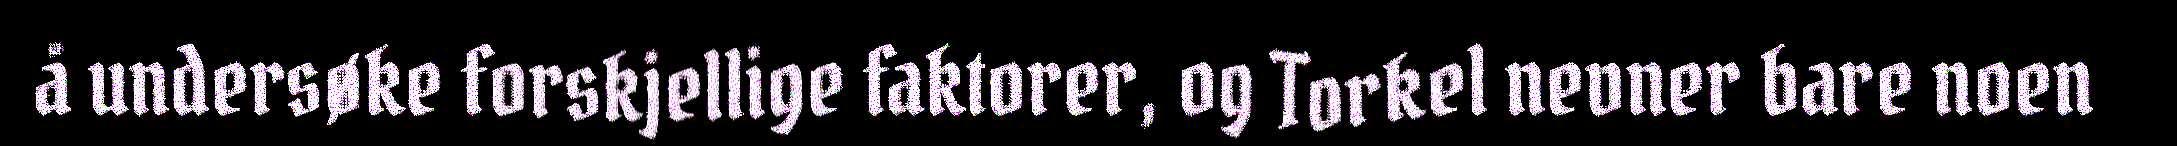
å undersøke forskjellige faktorer, og Torkel nevner bare noen